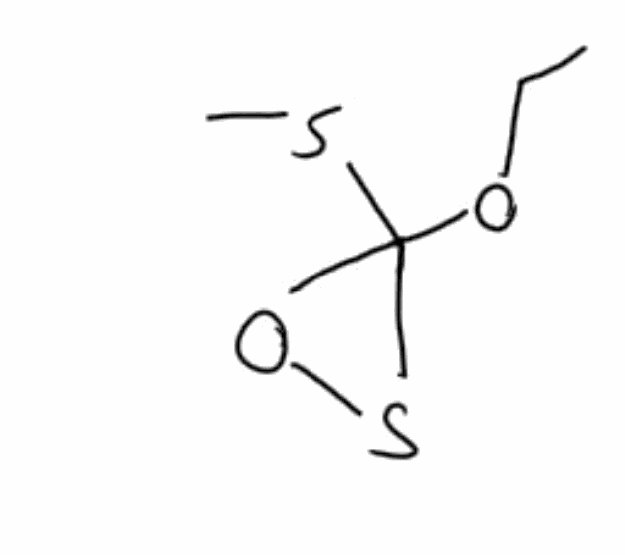
Simplified molecular-input line-entry system (SMILES) notation of the given molecule:
CCOC1(OS1)SC